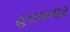
હરાવનાર